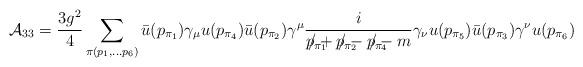
LaTeX: \begin{align*}{\cal A}_{33}=\frac{3g^2}{4}\sum_{\pi(p_1,\ldots p_6)} \bar{u}(p_{\pi_1})\gamma_{\mu}u(p_{\pi_4})\bar{u}(p_{\pi_2})\gamma^{\mu} \frac{i}{p_{\pi_1} \! \! \!\! \! \! \!/+p_{\pi_2} \!\! \! \!\! \! \!/-p_{\pi_4} \! \!\!\!\!\!\!/-m}\gamma_{\nu}u(p_{\pi_5})\bar{u}(p_{\pi_3})\gamma^{\nu} u(p_{\pi_6})\end{align*}